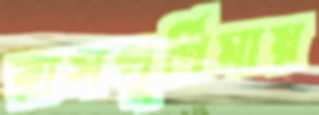
রাসপূর্ণিমায়